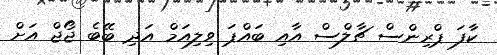
ކާފަ ޕްރިންސް ޗާލްސް އާއި ބައްޕަ ވިލިއަމް އަދި ބޭބެ ޖޯޖް އަށް